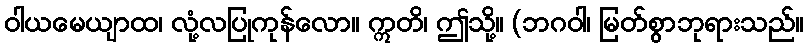
ဝါယမေယျာထ၊ လုံ့လပြုကုန်လော။ ဣတိ၊ ဤသို့။ (ဘဂဝါ၊ မြတ်စွာဘုရားသည်။